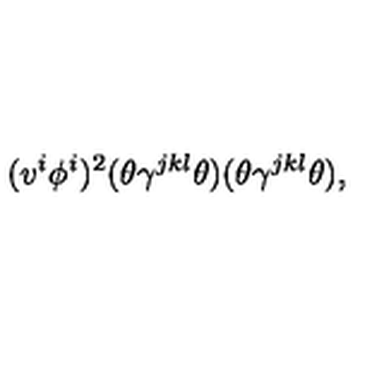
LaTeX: ( v ^ { i } \phi ^ { i } ) ^ { 2 } ( \theta \gamma ^ { j k l } \theta ) ( \theta \gamma ^ { j k l } \theta ) ,